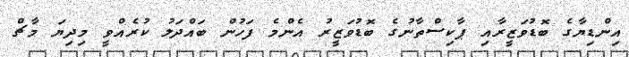
އިންޑިޔާގެ ބޮޑުވަޒީރާއި ޕާކިސްތާނުގެ ބޮޑުވަޒީރު އެންމެ ފަހުން ބައްދަލު ކުރެއްވީ މިދިޔަ މާޗް